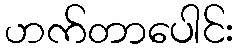
ဟက်တာပေါင်း